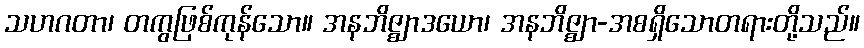
သဟဂတာ၊ တကွဖြစ်ကုန်သော။ အနဘိဇ္ဈာဒယော၊ အနဘိဇ္ဈာ-အစရှိသောတရားတို့သည်။